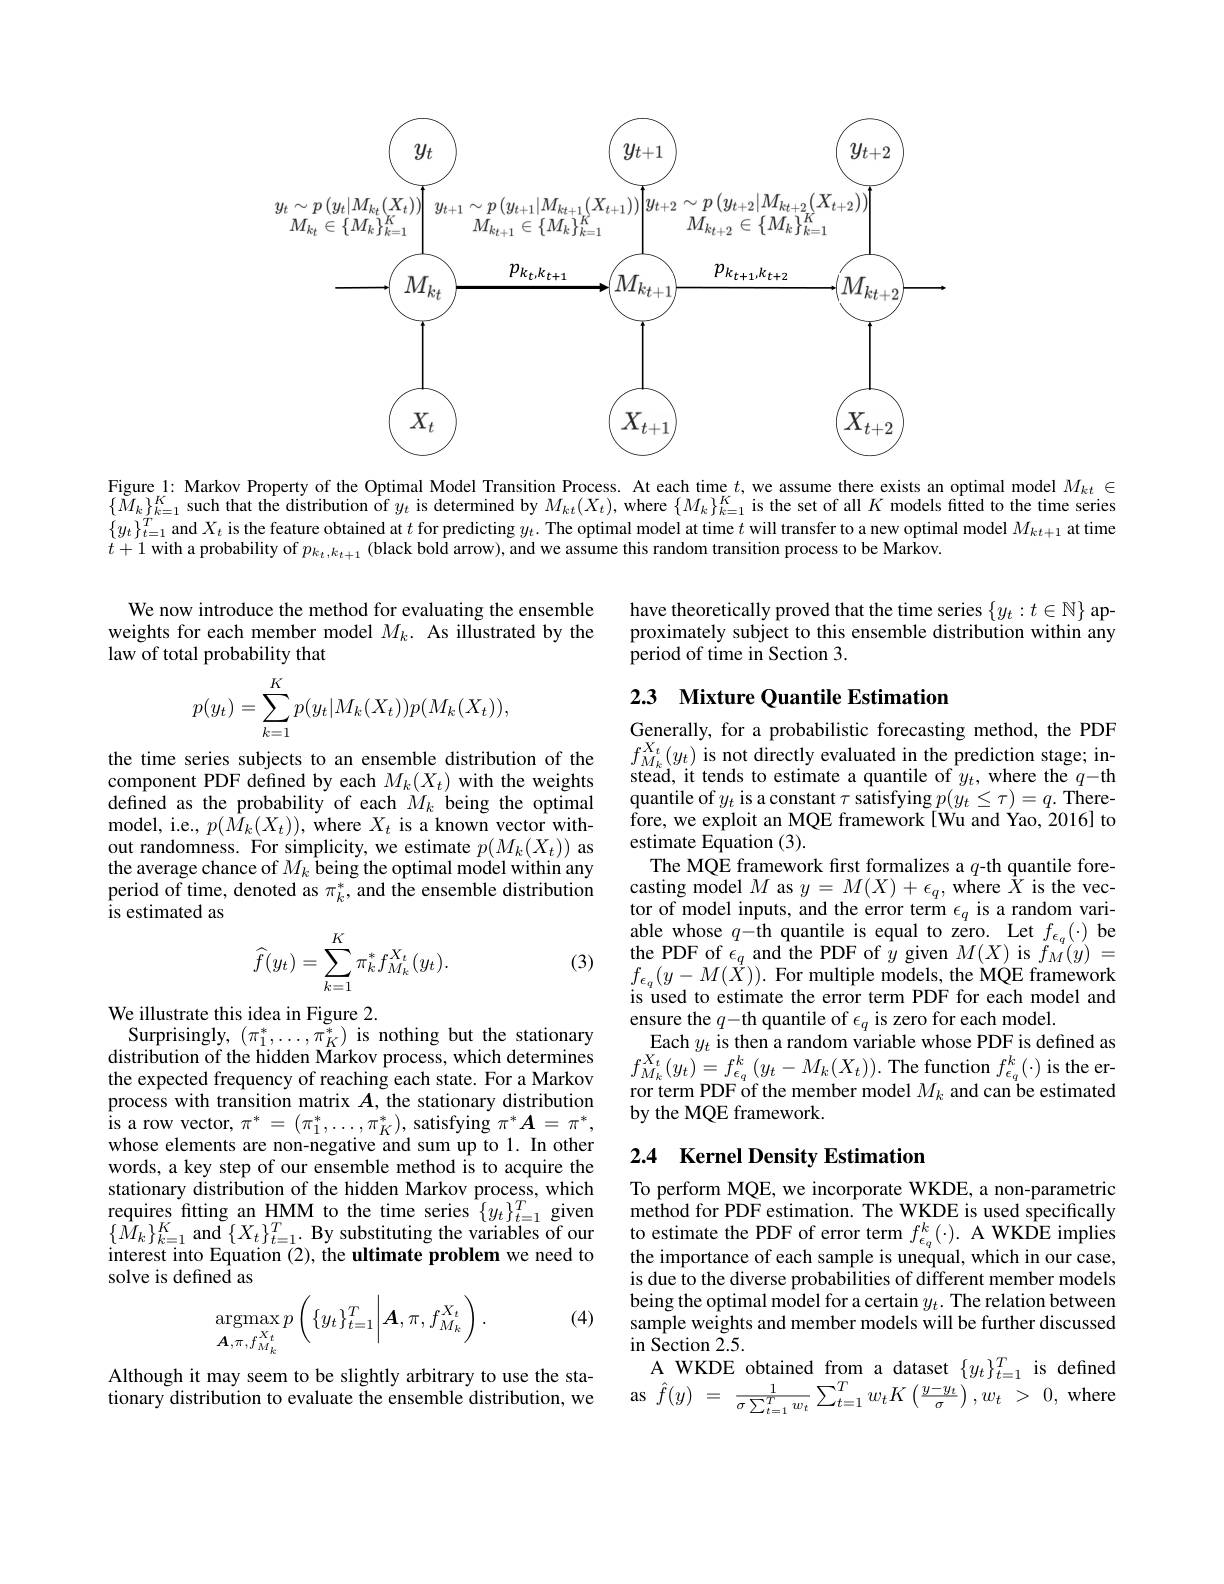
<FigureHere>

Figure 1: Markov Property of the Optimal Model Transition Process. At each time $t$, we assume there exists an optimal model $M_{kt}\in$ $\{M_k\}_{k=1}^K$ such that the distribution of $y_t$ is determined by $M_{kt}(X_t)$, where $\{M_k\}_k=1^K$ is the set of all $K$ models fitted to the time series $\{y_t\}_{t=1}^T$ and $X_t$ is the feature obtained at $t$ for predicting $y_t.$ The optimal model at time $t$ will transfer to a new optimal model $M_{kt+1}$ at time $t+1$ with a probability of $p_k_t,k_{t+1}$ (black bold arrow), and we assume this random transition process to be Markov.

have theoretically proved that the time series $\{y_t:t\in\mathbb{N}\}$ approximately subject to this ensemble distribution within any period of time in Section 3.

We now introduce the method for evaluating the ensemble weights for each member model $M_k.$ As illustrated by the law of total probability that

## 2.3 Mixture Quantile Estimation
$$p(y_t)=\sum_{k=1}^Kp(y_t|M_k(X_t))p(M_k(X_t)),$$
the time series subjects to an ensemble distribution of the component PDF defined by each $M_k(X_t)$ with the weights defined as the probability of each $M_k$ being the optimal model, i.e., $p(\hat{M}_{k}(X_{t}))$, where $X_{t}$ is a known vector without randomness. For simplicity, we estimate $p(M_k(X_t))$ as the average chance of $M_k$ being the optimal model within any period of time, denoted as $\pi_k^*$, and the ensemble distribution is estimated as
$$\widehat{f}(y_t)=\sum_{k=1}^K\pi_k^*f_{M_k}^{X_t}(y_t).$$
Generally, for a probabilistic forecasting method, the PDF $f_{M_k}^{X_t}(y_t)$ is not directly evaluated in the prediction stage; instead, it tends to estimate a quantile of $y_{t}$,where the $q-$th quantile of $y_t$ is a constant $\tau$ satisfying $p(y_t\leq\tau)=q.$ Therefore, we exploit an MQE framework[Wu and Yao, 2016] to estimate Equation (3).
$\begin{array}{c}{\mathrm{The~MQE~framework~frst~formalizes~a~}q\text{-th quantile fore-}}\\{\mathrm{casting~model~}M\mathrm{~as~}y=M(X)+\epsilon_{q},\mathrm{~where~}X\mathrm{~is~the~vec-}}\end{array}$ tor of model inputs, and the error term $\epsilon_q$ is a random variable whose $q-$th quantile is equal to zero. Let $f_{\epsilon_{q}}(\cdot)$ be the PDF of $\epsilon_{q}$ and the PDF of $y$ given $M(X)$ is $f_{M}(y)=$ $f_{\epsilon_{q}}(y-M(\vec{X})).$ For multiple models, the MQE framework is used to estimate the error term PDF for each model and ensure the $q-$th quantile of $\epsilon_q$ is zero for each model.
Each $y_{t}$ is then a random variable whose PDF is defined as $f_{M_{k}}^{X_{t}}(y_{t})=f_{\epsilon_{q}}^{k}\left(y_{t}-M_{k}(X_{t})\right).$The function $f_\epsilon_{q}^{k}(\cdot)$ is the error term PDF of the member model $M_k$ and can be estimated by the MQE framework.

(3)

We illustrate this idea in Figure 2.
Surprisingly, $(\pi_{1}^{*},\ldots,\tilde{\pi_{K}^{*}})$ is nothing but the stationary distribution of the hidden Markov process, which determines the expected frequency of reaching each state. For a Markov process with transition matrix $A$, the stationary distribution is a row vector, $\pi^*=(\pi_1^*,\ldots,\pi_K^*)$, satisfying $\pi^*A=\pi^*$, whose elements are non-negative and sum up to 1. In other words, a key step of our ensemble method is to acquire the stationary distribution of the hidden Markov process, which requires fitting an HMM to the time series $\{y_{t}\}_{t=1}^{T}$ given $\begin{array}{l}{\{M_{k}\}_{k=1}^{K}\mathrm{~and~}\{X_{t}\}_{t=1}^{T}.\mathrm{~By~substituting~the~variables~of~our}}\\{\mathrm{~interest~into~Equation~(2),~the~ultimate~problem~we~need~to}}\end{array}$ solve is defined as
$$\operatorname{argmax}p\left(\{y_t\}_{t=1}^T\bigg|\boldsymbol{A},\pi,f_{M_k}^{X_t}\right).$$
## 2.4 Kernel Density Estimation

To perform MQE, we incorporate WKDE, a non-parametric method for PDF estimation. The WKDE is used specifically to estimate the PDF of error term $f_{\epsilon_q}^k(\cdot).$ A WKDE implies the importance of each sample is unequal, which in our case, is due to the diverse probabilities of different member models being the optimal model for a certain $y_t.$ The relation between sample weights and member models will be further discussed $i$n Section $\tilde{2}.5.$
A WKDE obtained from a dataset $\{y_t\}_{t=1}^T$ is defined as$\hat{f} ( y)$ = $\frac 1{\sigma \sum _{t= 1}^{T}w_{t}}\sum _{t= 1}^{T}w_{t}K\left ( \frac {y- y_{t}}\sigma \right ) , w_{t}$ > 0,where

(4)

Although it may seem to be slightly arbitrary to use the stationary distribution to evaluate the ensemble distribution, we